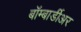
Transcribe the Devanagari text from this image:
बॉम्बार्डीअर